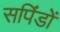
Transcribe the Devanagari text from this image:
सपिंडों